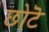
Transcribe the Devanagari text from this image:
छोटॆ